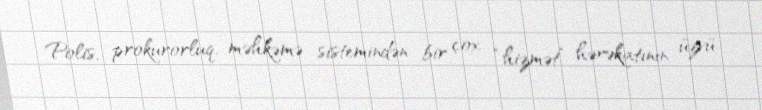
Polis, prokurorluq, məhkəmə sistemindən bir çox “hizmət” hərəkatının üzvü